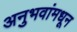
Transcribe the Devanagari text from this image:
अनुभवांमधून